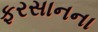
ફરસાનના